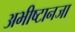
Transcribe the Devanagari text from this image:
अभीष्टानजा